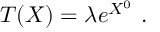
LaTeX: T ( X ) = \lambda e ^ { X ^ { 0 } } ~ .